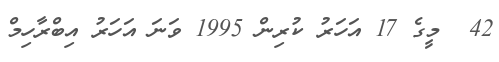
42  މީގެ 17 އަހަރު ކުރިން 1995 ވަނަ އަހަރު އިބްރާހިމް